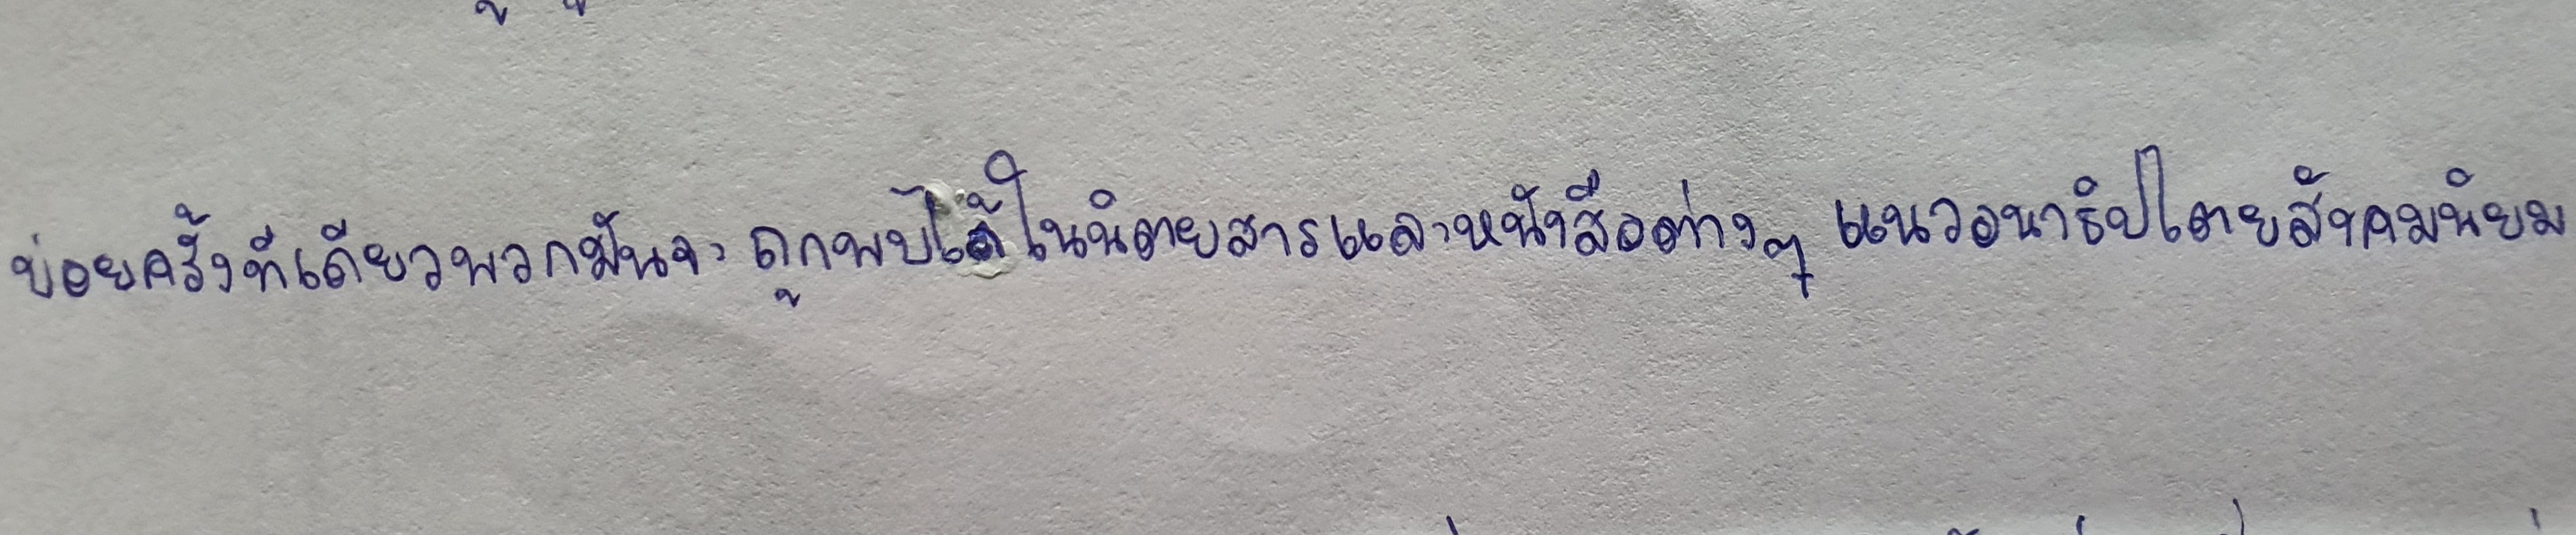
บ่อยครั้งทีเดียวพวกมันจะถูกพบได้ในนิตยสารและหนังสือต่างๆแนวอนาธิปไตยสังคมนิยม